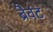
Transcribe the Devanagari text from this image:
ब्रैवंट